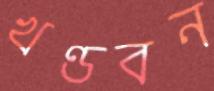
খণ্ডবন